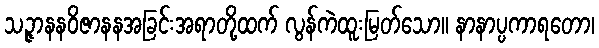
သဉ္ဇာနနဝိဇာနနအခြင်းအရာတို့ထက် လွန်ကဲထူးမြတ်သော။ နာနာပ္ပကာရတော၊